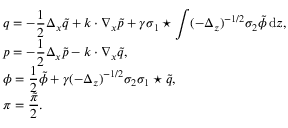
\begin{array} { l } { q = - \displaystyle \frac 1 2 \Delta _ { x } \tilde { q } + k \cdot \nabla _ { x } \tilde { p } + \gamma \sigma _ { 1 } \star \displaystyle \int ( - \Delta _ { z } ) ^ { - 1 / 2 } \sigma _ { 2 } \tilde { \phi } \, { \mathrm { d } } z , } \\ { p = - \displaystyle \frac 1 2 \Delta _ { x } \tilde { p } - k \cdot \nabla _ { x } \tilde { q } , } \\ { \phi = \displaystyle \frac 1 2 \tilde { \phi } + \gamma ( - \Delta _ { z } ) ^ { - 1 / 2 } \sigma _ { 2 } \sigma _ { 1 } \star \tilde { q } , } \\ { \pi = \displaystyle \frac { \tilde { \pi } } { 2 } . } \end{array}